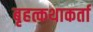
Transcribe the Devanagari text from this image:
बृहत्कथाकर्ता